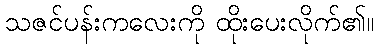
သဇင်ပန်းကလေးကို ထိုးပေးလိုက်၏။